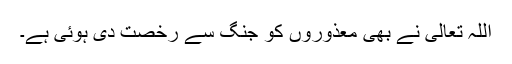
اللہ تعالیٰ نے بھی معذوروں کو جنگ سے رخصت دی ہوئی ہے۔